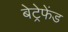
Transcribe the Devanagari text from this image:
बेट्रेफेंड